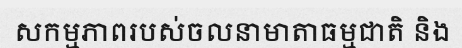
សកម្មភាពរបស់ចលនាមាតាធម្មជាតិ និង